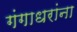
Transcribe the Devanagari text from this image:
गंगाधरांना